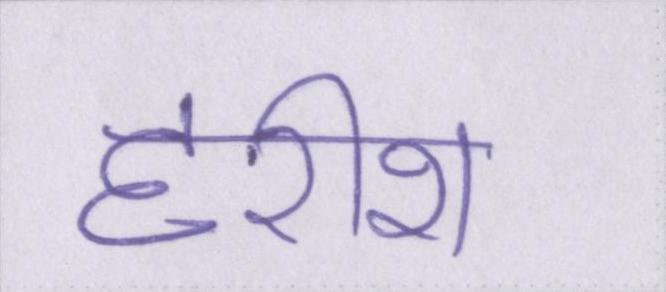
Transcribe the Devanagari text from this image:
हरीश